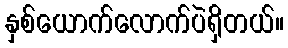
နှစ်ယောက်လောက်ပဲရှိတယ်။